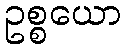
ဥစ္စယော